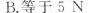
B.等于5N